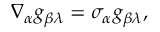
\nabla _ { \alpha } g _ { \beta \lambda } = \sigma _ { \alpha } g _ { \beta \lambda } ,